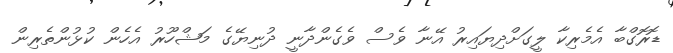
ޑޮރޮގްބާ އެމެރިކާ ލީގަށްދިޔައިރު އޭނާ ވެސް ވެގެންދާނީ ދުނިޔޭގެ މަޝްހޫރު އެހެން ކުޅުންތެރިން